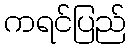
ကရင်ပြည်